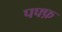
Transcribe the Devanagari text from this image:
पफ्फ़